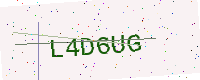
Text: L4D6UG